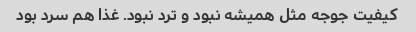
کیفیت جوجه مثل همیشه نبود و ترد نبود. غذا هم سرد بود